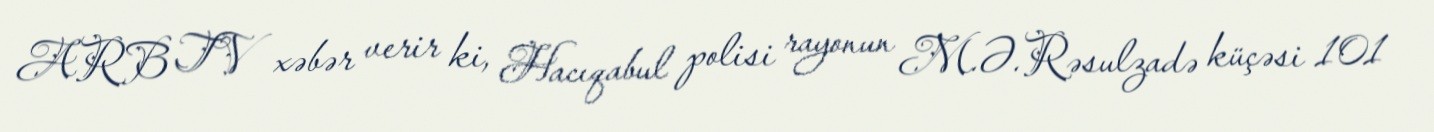
ARB TV xəbər verir ki, Hacıqabul polisi rayonun M.Ə.Rəsulzadə küçəsi 101